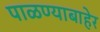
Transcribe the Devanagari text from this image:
पाळण्याबाहेर